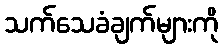
သက်သေခံချက်များကို